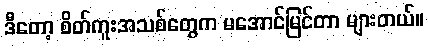
ဒီတော့ စိတ်ကူးအသစ်တွေက မအောင်မြင်တာ များတယ်။